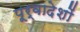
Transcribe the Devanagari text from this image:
पूर्वादेशों